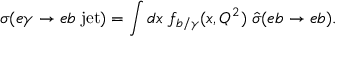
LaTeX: \sigma ( e \gamma \to e b \; \mathrm { j e t } ) = \int d x \; f _ { b / \gamma } ( x , Q ^ { 2 } ) \; \hat { \sigma } ( e b \to e b ) .